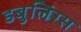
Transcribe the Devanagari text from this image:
डबुलिंग्स